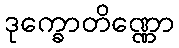
ဒုက္ခောတိဏ္ဏော